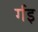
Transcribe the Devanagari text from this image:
र्गइ